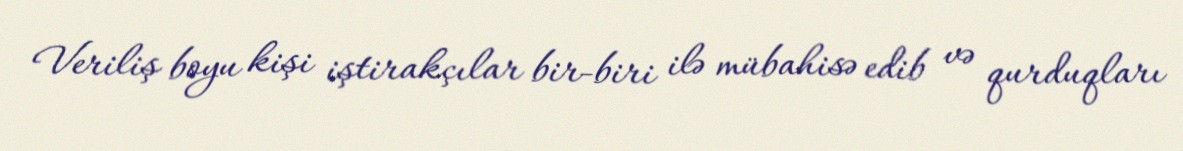
Veriliş boyu kişi iştirakçılar bir-biri ilə mübahisə edib və qurduqları